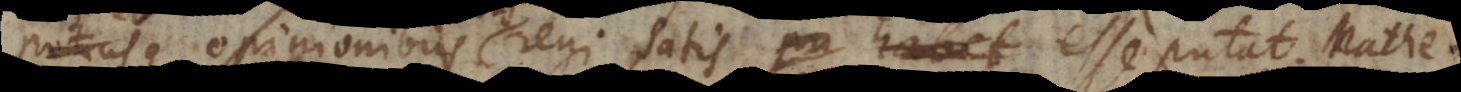
potiusque opinionibus regi satis esse putat. Mathe